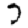
Digit: 7